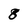
Character: 8